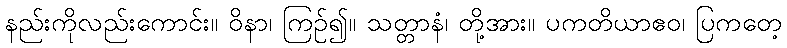
နည်းကိုလည်းကောင်း။ ဝိနာ၊ ကြဉ်၍။ သတ္တာနံ၊ တို့အား။ ပကတိယာဧဝ၊ ပြကတေ့